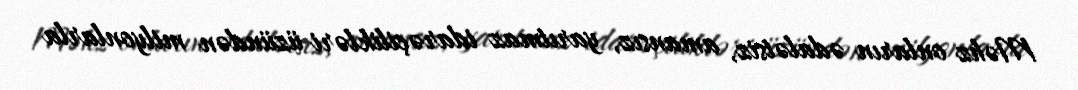
Məhz onların ədalətsiz, amansız, yarıtmaz idarəçilikləri üzündən milyonlarla